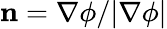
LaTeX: \mathbf{n}=\nabla\phi/|\nabla\phi|